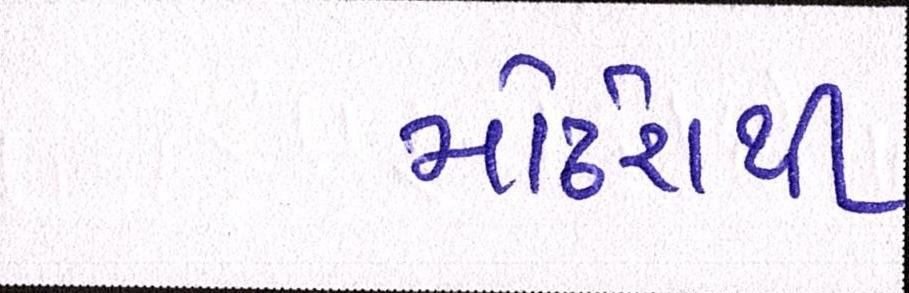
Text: મોઢેરાથી